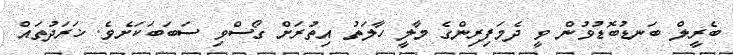
ބެރީލް ބަނޑުބޮޑުވުން ވީ ދެމަފިރިންގެ މާލީ ހާލަތު އިތުރަށް ގޯސްވި ސަބަބަކަށެވެ. ޚަރަދުތައް